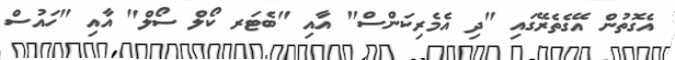
އެގޮތުން އޭގެތެރޭގައި "ދި އެމެރިކަންސް" އާއި "ބެޓަރ ކޯލް ސޯލް" އާއި "ހައުސް